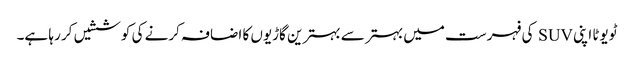
ٹویوٹا اپنی SUV کی فہرست میں بہتر سے بہترین گاڑیوں کا اضافہ کرنے کی کوششیں کر رہا ہے۔